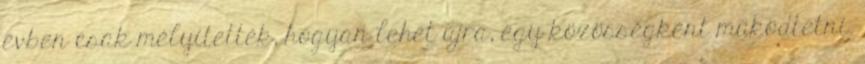
évben csak mélyítették, hogyan lehet újra, egy közösségként működtetni.